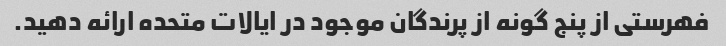
فهرستی از پنج گونه از پرندگان موجود در ایالات متحده ارائه دهید.